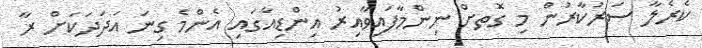
ކެރެލާ ސަރުކާރުން މި ގޮަތށް ނިންމާފައިވާއިރު އިންޑިއާގައި އެންމެ ގިނަ އަދަދަކަށް ރާ